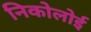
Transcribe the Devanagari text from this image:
निकोलोई